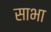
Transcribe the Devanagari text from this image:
साभा